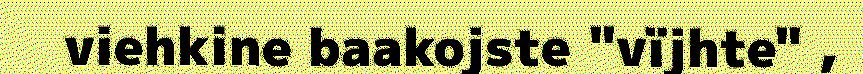
viehkine baakojste "vïjhte" ,